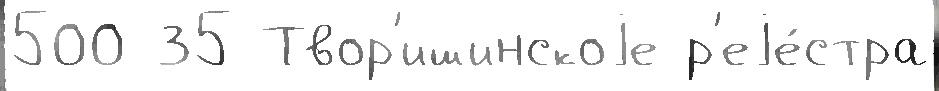
500 35 Твор'ишинскоjе р'еjе́стра